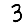
Digit: 3